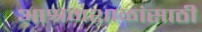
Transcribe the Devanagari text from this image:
आश्रमशाळांसाठी